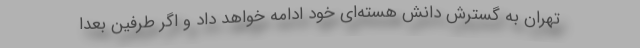
تهران به گسترش دانش هسته‌ای خود ادامه خواهد داد و اگر طرفین بعداً